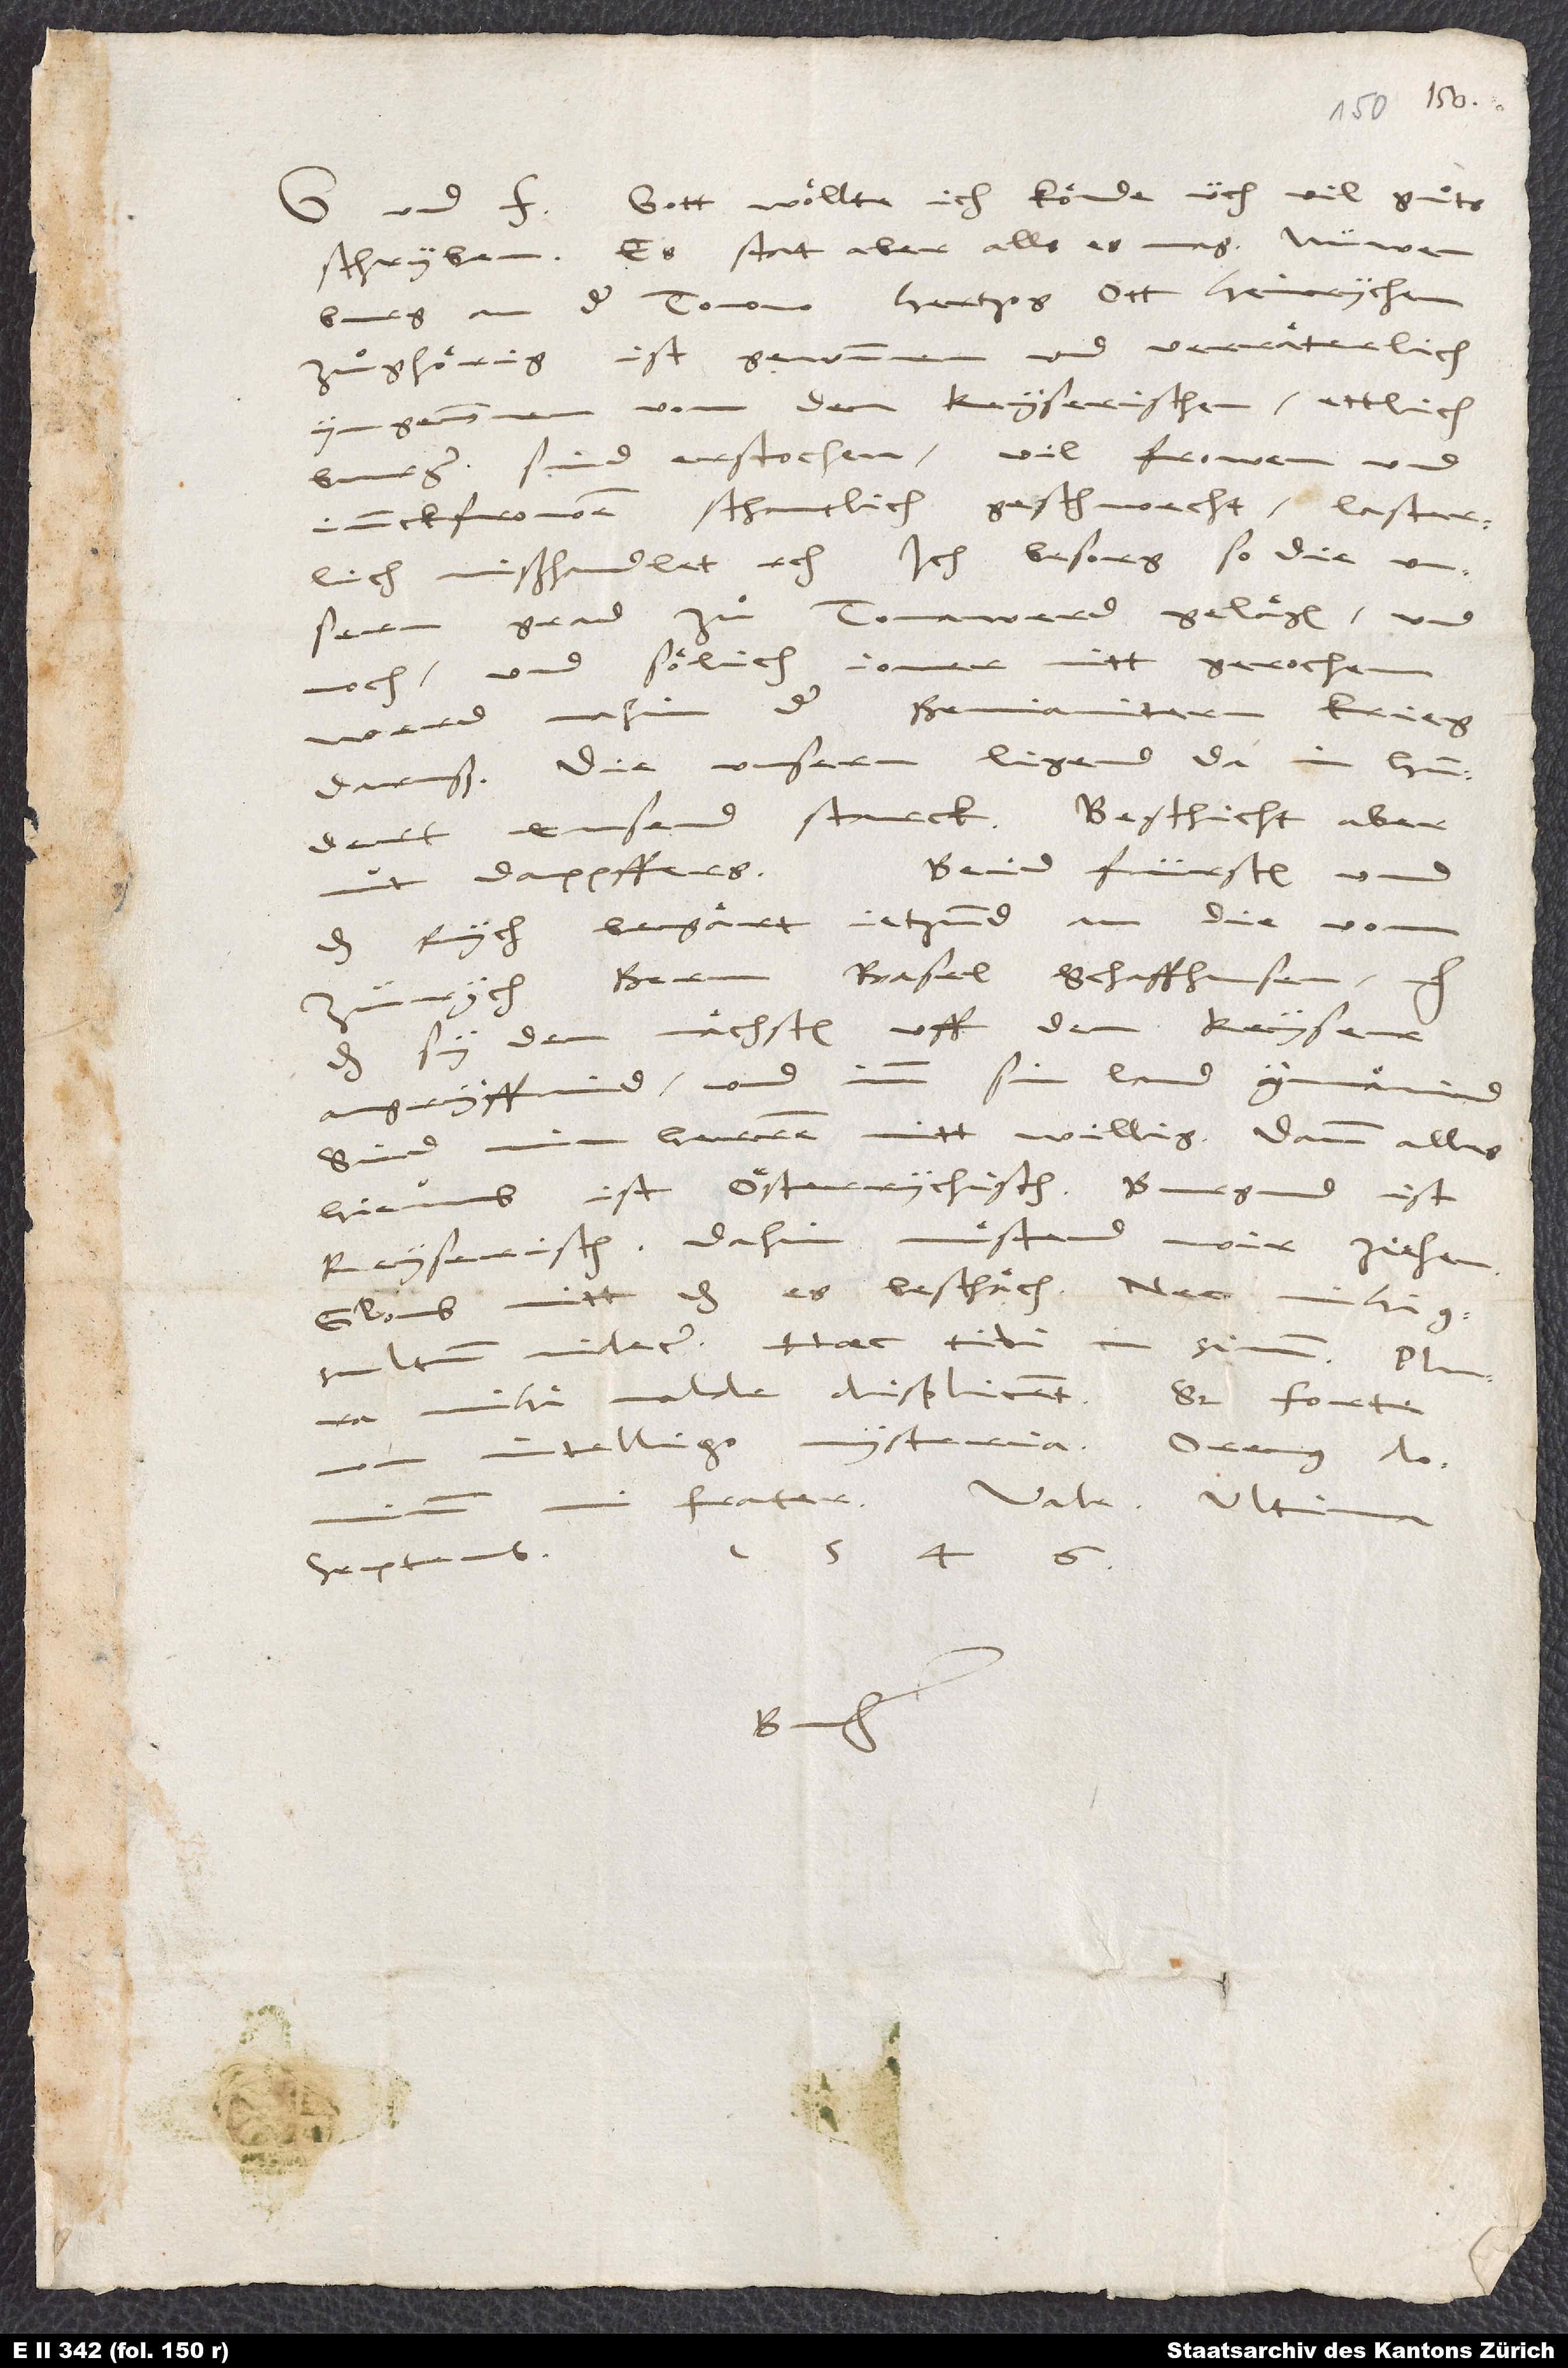
und frid. Gott woͤllte, ich koͤnde üch vil guͦts
schriben. Es stat aber, alls es mag...
an der Tonow, hertzog Ott Heinrychen
zuͦghoͤrig, ist gewunnen und verraͤterlich
yngnommen von den keyserischen. Ettlich
burger sind erstochen, vil frowen und
junckfrowen schantlich geschwecht, lasterlich
mißhandlet, etc. Ich besorg (so die unsern
Tonawerd gelaͤgen, und
grad
noch, und soͤlich jomer nitt gerochen),
werd nahin der Benjamitern krieg
daruß. Die unsern ligend da in hundert
tusend starck, beschicht aber
Beid fürsten und
nut dappffers!
das rych begärt jetzund an die von
Zürych, Bern, Basel, Schaffhusen, etc.,
das sy demnaͤchsten uff den keyser
imm sin land ynnaͤmind.
angryffind und
Sind min herren nitt willig, dann alles
hieumb ist Oesterrychisch. Burgund ist
keyserisch. Dahin muͤstend wir ziehen.
Gloub nitt, das es beschaͤch, nec mihi
consultum videtur. Haec tibi in sinum. Plura
mihi valde displicent,
sed forte
mi frater! Vale. Ultima
septembris